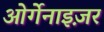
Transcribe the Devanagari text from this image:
ओर्गेनाइज़र